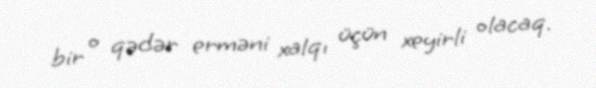
bir o qədər erməni xalqı üçün xeyirli olacaq.